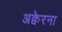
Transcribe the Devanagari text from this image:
अक्वेरना